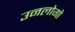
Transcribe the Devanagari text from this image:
उनलोगो